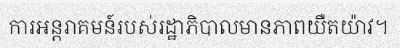
ការអន្តរាគមន៍របស់រដ្ឋាភិបាលមានភាពយឺតយ៉ាវ។